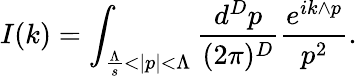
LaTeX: I(k)=\int_{\frac{\Lambda}{s}<|p|<\Lambda}\frac{d^{D}p}{(2\pi)^{D}}\frac{e^{ik\wedge p}}{p^{2}}.